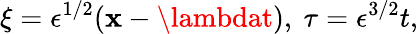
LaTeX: \xi=\epsilon^{1/2}(\mathbf{x}-\lambdat),~\tau=\epsilon^{3/2}t,